Lunatic asylums Madras 1877-1891 - 1877-1891
Year: 1877
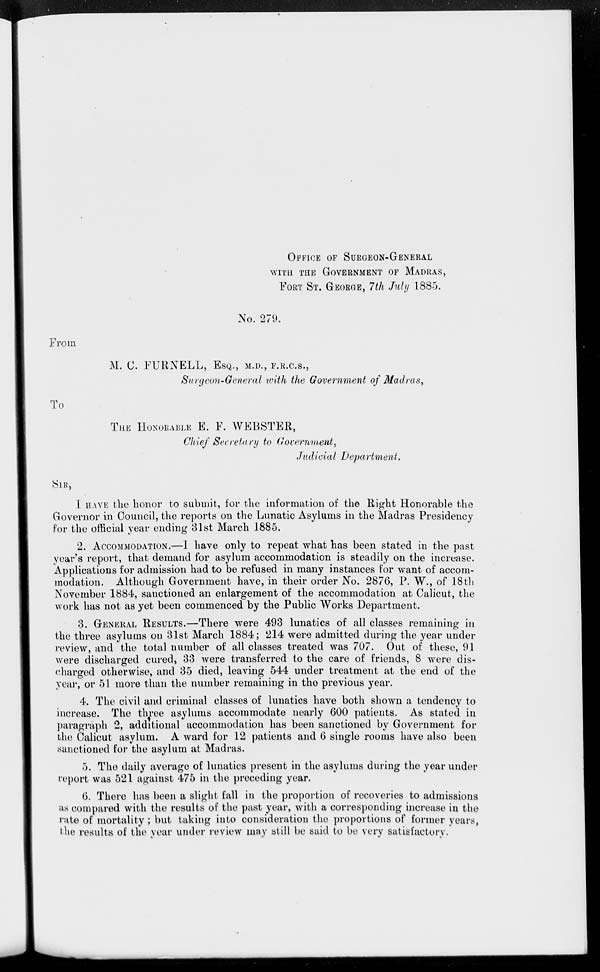
OFFICE OF SURGEON-GENERAL
WITH THE GOVERNMENT OF MADRAS,
FORT ST. GEORGE, 7th July 1885.
No. 279.
From
M. C. FURNELL, ESQ., M.D., F.R.C.S.,
Surgeon-General with the Government of Madras,
To
THE HONORABLE E. F. WEBSTER,
Chief Secretary to Government,
Judicial Department.
SIR,
I HAVE the honor to submit, for the information of the Right Honorable the
Governor in Council, the reports on the Lunatic Asylums in the Madras Presidency
for the official year ending 31st March 1885.
2. ACCOMMODATION. —I have only to repeat what has been stated in the past
year's report, that demand for asylum accommodation is steadily on the increase.
Applications for admission had to be refused in many instances for want of accom-
modation. Although Government have, in their order No. 2876, P. W., of 18th
November 1884, sanctioned an enlargement of the accommodation at Calicut, the
work has not as yet been commenced by the Public Works Department.
3. GENERAL RESULTS.—There were 493 lunatics of all classes remaining in
the three asylums on 31st March 1884; 214 were admitted during the year under
review, and the total number of all classes treated was 707. Out of these, 91
were discharged cured, 33 were transferred to the care of friends, 8 were dis-
charged otherwise, and 35 died, leaving 544 under treatment at the end of the
year, or 51 more than the number remaining in the previous year.
4. The civil and criminal classes of lunatics have both shown a tendency to
increase. The three asylums accommodate nearly 600 patients. As stated in
paragraph 2, additional accommodation has been sanctioned by Government for
the Calicut asylum. A ward for 12 patients and 6 single rooms have also been
sanctioned for the asylum at Madras.
5. The daily average of lunatics present in the asylums during the year under
report was 521 against 475 in the preceding year.
6. There has been a slight fall in the proportion of recoveries to admissions
as compared with the results of the past year, with a corresponding increase in the
rate of mortality; but taking into consideration the proportions of former years,
the results of the year under review may still be said to be very satisfactory.